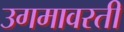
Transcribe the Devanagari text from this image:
उगमावरती